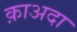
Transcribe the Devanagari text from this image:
क़ाअदा